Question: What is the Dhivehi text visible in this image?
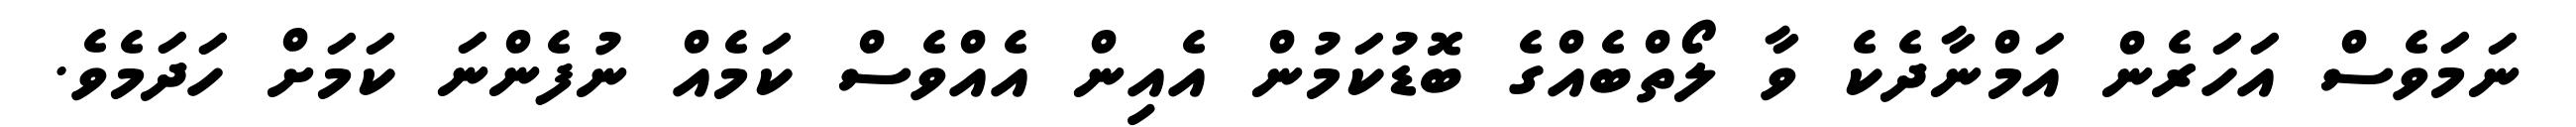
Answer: ނަމަވެސް އަހަރެން އަމްނާދެކެ ވާ ލޯތްބެއްގެ ބޮޑުކަމުން އެއިން އެއްވެސް ކަމެއް ނުފެންނަ ކަމަށް ހަދަމެވެ.